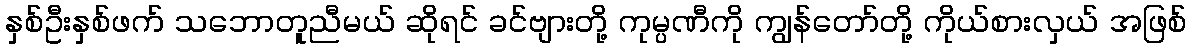
နှစ်ဦးနှစ်ဖက် သဘောတူညီမယ် ဆိုရင် ခင်ဗျားတို့ ကုမ္ပဏီကို ကျွန်တော်တို့ ကိုယ်စားလှယ် အဖြစ်